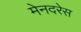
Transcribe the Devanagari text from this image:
मेनदरेस